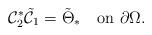
LaTeX: \begin{align*}\mathcal C_2^*\tilde{\mathcal C}_1=\tilde\Theta_* \quad\mbox{on}\,\,\partial\Omega.\end{align*}